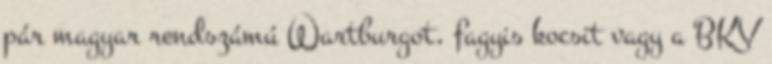
pár magyar rendszámú Wartburgot, fagyis kocsit vagy a BKV